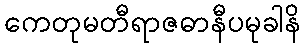
ကေတုမတီရာဇဓာနီပမုခါနိ